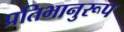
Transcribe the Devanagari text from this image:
प्रतिभानुरूप